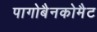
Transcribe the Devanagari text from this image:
पागोबैनकोमैट